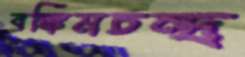
বঙ্কিমচন্দ্র